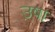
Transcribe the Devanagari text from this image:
उ़षा